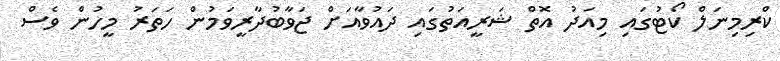
ކްރިމިނަލް ކޯޓުގައި މިއަދު އޮތް ޝަރީއަތުގައި ދައުވާއަށް ޖަވާބުދާރީވަމުން ހަތަރު މީހުން ވެސް